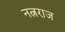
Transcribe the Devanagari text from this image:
नत्नराज